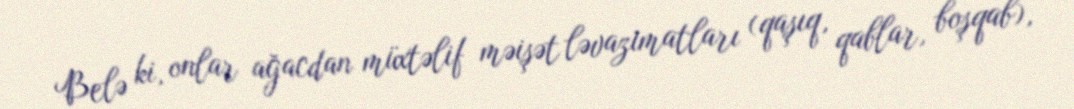
Belə ki, onlar ağacdan müxtəlif məişət ləvazimatları (qaşıq, qablar, boşqab),